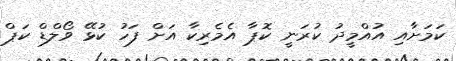
ކަމަށާއި އުއްމީދު ކުރަނީ ކޮޕާ އެމެރިކާ އަށް ފަހު ކުޅޭ ވޯލްޑް ކަޕް